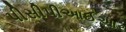
પીસીપીઆઈઆર